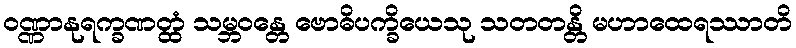
ဝဏ္ဏာနုရက္ခဏတ္ထံ သမ္ဘဝန္တေ ဗောဓိပက္ခိယေသု သတတန္တိ မဟာထေရဿာတိ